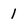
Character: 1